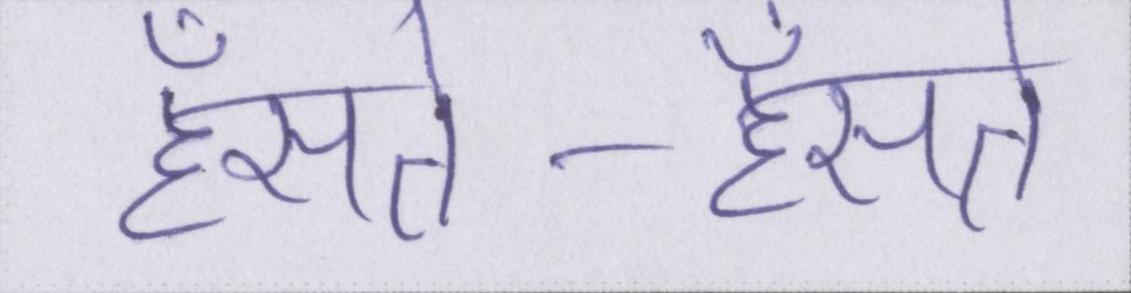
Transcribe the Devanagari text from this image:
हँसते-हँसते